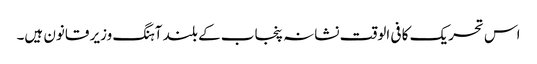
اس تحریک کا فی الوقت نشانہ پنجاب کے بلند آہنگ وزیر قانون ہیں۔